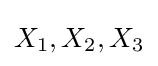
X_{1},X_{2},X_{3}